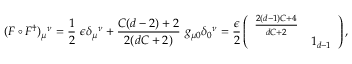
( F \circ F ^ { \dag } ) _ { \mu } { } ^ { \nu } = \frac { 1 } { 2 } \ \epsilon \delta _ { \mu } { } ^ { \nu } + \frac { C ( d - 2 ) + 2 } { 2 ( d C + 2 ) } \ g _ { \mu 0 } \delta _ { 0 } { } ^ { \nu } = \frac { \epsilon } { 2 } \left( \begin{array} { l l } { { \frac { 2 ( d - 1 ) C + 4 } { d C + 2 } } } & { { } } \\ { { } } & { { 1 _ { d - 1 } } } \end{array} \right) ,